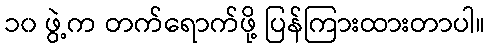
၁၀ ဖွဲ့က တက်ရောက်ဖို့ ပြန်ကြားထားတာပါ။